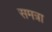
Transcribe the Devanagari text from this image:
समत्रा